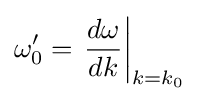
\omega '_{0}=\left.{\frac {d\omega }{dk}}\right|_{k=k_{0}}~